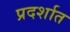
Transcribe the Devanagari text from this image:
प्रदर्शात